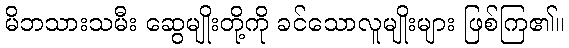
မိဘသားသမီး ဆွေမျိုးတို့ကို ခင်သောလူမျိုးများ ဖြစ်ကြ၏။